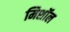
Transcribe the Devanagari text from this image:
मिशॉल